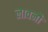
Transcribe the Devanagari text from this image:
लावनौ